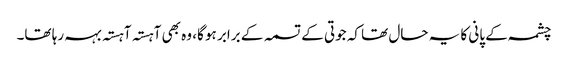
چشمہ کے پانی کا یہ حال تھا کہ جوتی کے تسمہ کے برابر ہو گا، وہ بھی آہستہ آہستہ بہہ رہا تھا۔